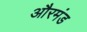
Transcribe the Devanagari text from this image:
औरमंड